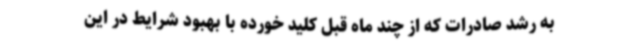
به رشد صادرات که از چند ماه قبل کلید خورده با بهبود شرایط در این